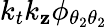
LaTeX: k_{t}k_{\mathbf{z}}\phi_{{\theta_{2}}{\theta_{2}}}